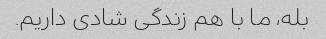
بله، ما با هم زندگی شادی داریم.